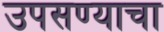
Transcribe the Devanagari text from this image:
उपसण्याचा